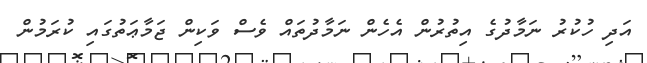
އަދި ހުކުރު ނަމާދުގެ އިތުރުން އެހެން ނަމާދުތައް ވެސް ވަކިން ޖަމާޢަތުގައި ކުރަމުން